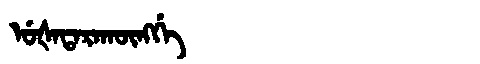
Manchu: ᡠᡧᠠᡨᠠᡵᠠᡴᡡᠩᡤᡝ
Romanization: UŠATARAKŪNGGE